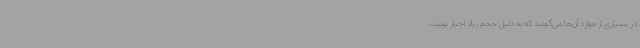
در بسیاری از موارد آن‌ها می‌گویند که به دلیل حجم زیاد اخبار توییت